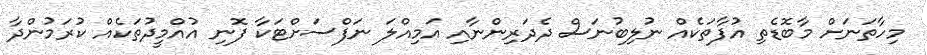
މިހާތަނަށް މާބޮޑެތި އުފާތަކެއް ނުލިބުނަަސް ދެދަރިންނާއި އަމިއްލަ ނަފްސަށްޓަކާ ފޮނި އުއްމީދުތަކެއް ކުރަމުންދާ